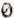
0